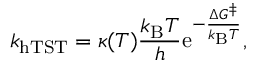
k _ { \mathrm { h T S T } } = \kappa ( T ) \frac { k _ { \mathrm { B } } T } { h } \mathrm { e } ^ { - \frac { \Delta G ^ { \ddagger } } { k _ { \mathrm { B } } T } } ,